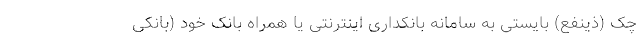
چک (ذینفع) بایستی به سامانه بانکداری اینترنتی یا همراه بانک خود (بانکی